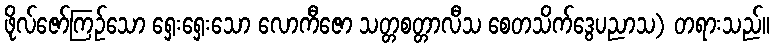
ဖိုလ်ဇော်ကြဉ်သော ရှေးရှေးသော လောကီဇော သတ္တစတ္တာလီသ စေတသိက်ဒွေပညာသ) တရားသည်။